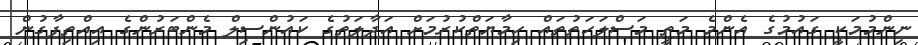
ނިންމުމަކީ ގައުމުގެ އެންމެ މަތީ މަސްލަހަތުތައް ހިމާޔަތްކުރުމަށް އަދާލަތުގެ ކައުންސިލް މެންބަރުންގެ އިއްތިފާގުން